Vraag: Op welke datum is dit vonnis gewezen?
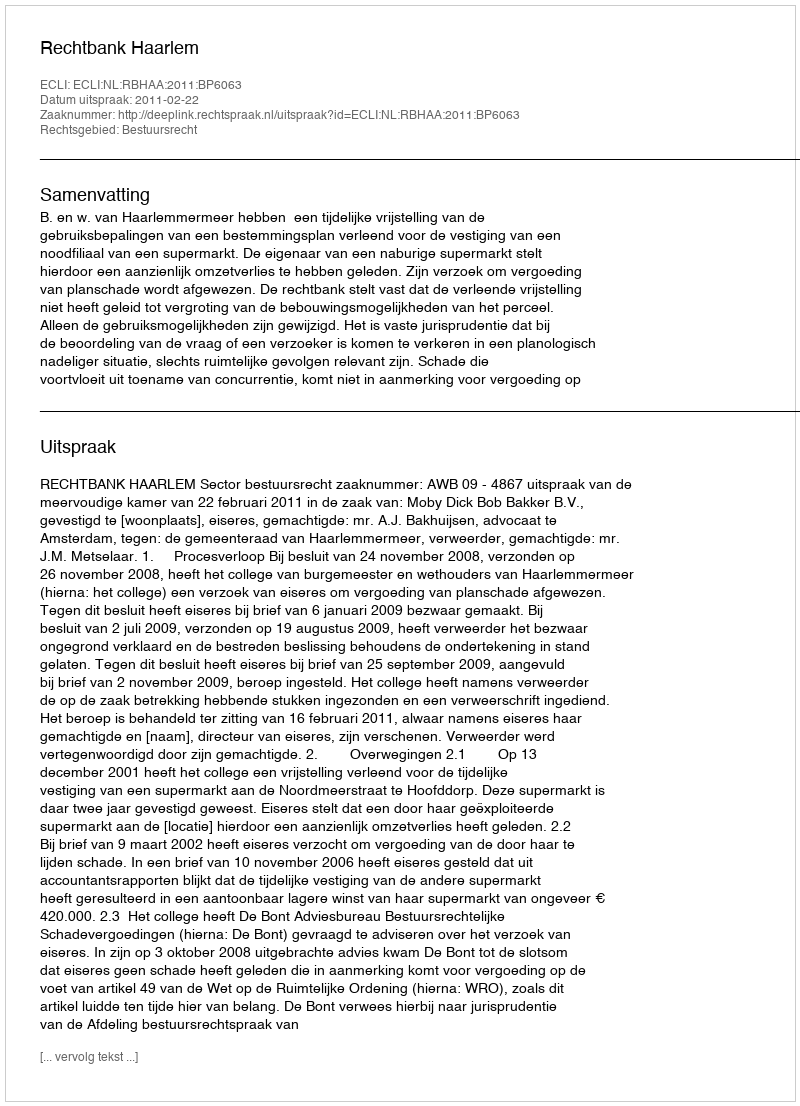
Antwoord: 2011-02-22